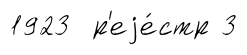
1923 р'еjе́стр 3